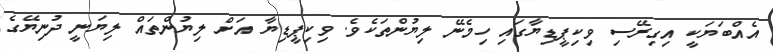
އެއްބަޔަކީ އިގިރޭސި ވިކިޕީޑިޔާގައި ހިމެނޭ ލިޔުންތަކެވެ. ވިކިޕީޑިޔާ އަށް ލިޔުންތައް ލިޔަނީ ދުނިޔޭގެ